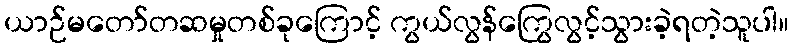
ယာဉ်မတော်တဆမှုတစ်ခုကြောင့် ကွယ်လွန်ကြွေလွင့်သွားခဲ့ရတဲ့သူပါ။